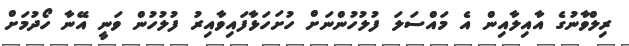
ރިލްވާނުގެ އާއިލާއިން އެ މައްސަލަ ފުލުހުންނަށް ހުށަހަޅާފައިވާއިރު ފުލުހުން ވަނީ އޭނާ ހޯދުމަށް